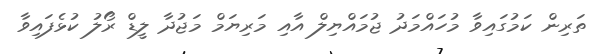
ތަރިން ކަމުގައިވާ މުހައްމަދު ޖުމައްޔިލް އާއި މަރިޔަމް މަޖުދާ ލީޑް ރޯލު ކުޅެފައިވާ